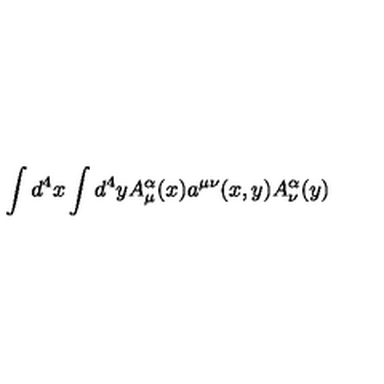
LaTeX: \int d ^ { 4 } x \int d ^ { 4 } y A _ { \mu } ^ { \alpha } ( x ) a ^ { \mu \nu } ( x , y ) A _ { \nu } ^ { \alpha } ( y )